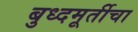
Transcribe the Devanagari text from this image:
बुध्दमूर्तीचा